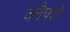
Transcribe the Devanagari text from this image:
क्लैपरों